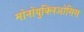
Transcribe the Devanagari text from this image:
मोनोंयुक्लिओसिस